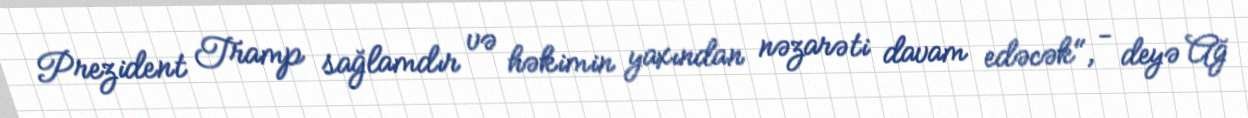
Prezident Tramp sağlamdır və həkimin yaxından nəzarəti davam edəcək", - deyə Ağ